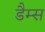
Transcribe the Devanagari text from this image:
डैम्स